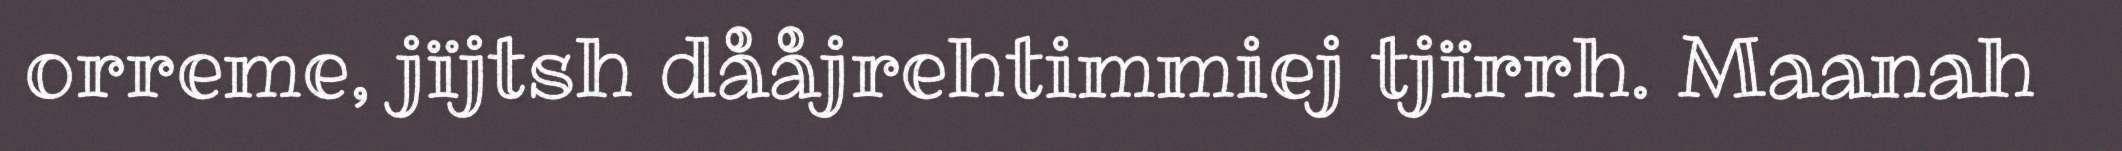
orreme, jïjtsh dååjrehtimmiej tjïrrh. Maanah